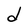
Character: d